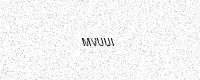
Text: MVUUI